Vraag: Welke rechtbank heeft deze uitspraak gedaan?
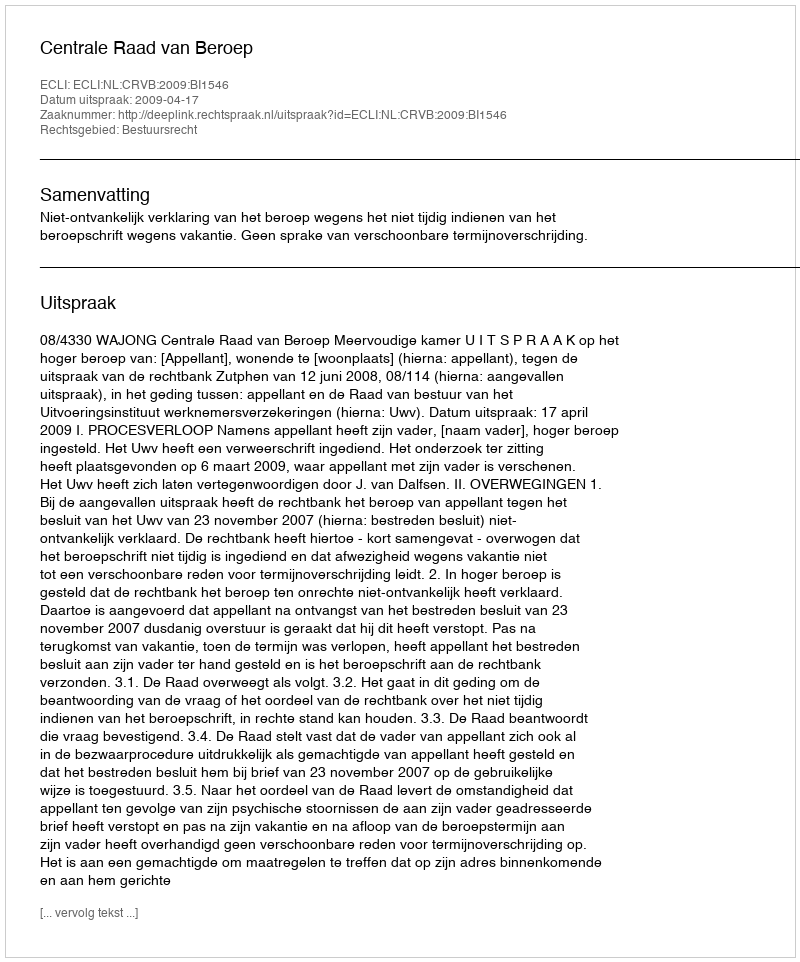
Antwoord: Centrale Raad van Beroep